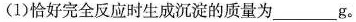
(1)恰好完全反应时生成沉淀的质量为___ g。